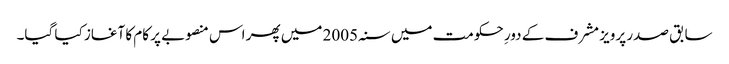
سابق صدر پرویز مشرف کے دورِ حکومت میں سنہ 2005 میں پھر اس منصوبے پر کام کا آغاز کیا گیا۔